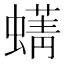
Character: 𫋛